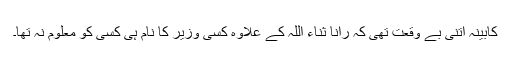
کابینہ اتنی بے وقعت تھی کہ رانا ثناء اللہ کے علاوہ کسی وزیر کا نام ہی کسی کو معلوم نہ تھا۔